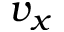
v _ { x }